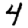
Digit: 4